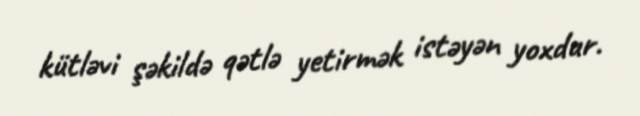
kütləvi şəkildə qətlə yetirmək istəyən yoxdur.